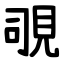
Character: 覗